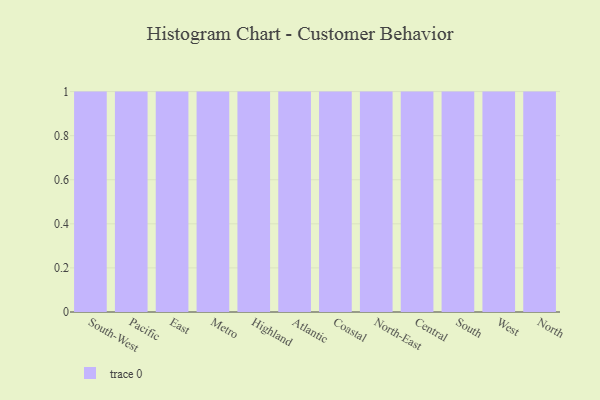
{"axis": {"x": "Region", "y": "Humidity (%)"}, "legend": [""], "data": [{"x": "South-West", "y": 62, "type": ""}, {"x": "Pacific", "y": 30, "type": ""}, {"x": "East", "y": 69, "type": ""}, {"x": "Metro", "y": 80, "type": ""}, {"x": "Highland", "y": 33, "type": ""}, {"x": "Atlantic", "y": 19, "type": ""}, {"x": "Coastal", "y": 20, "type": ""}, {"x": "North-East", "y": 99, "type": ""}, {"x": "Central", "y": 45, "type": ""}, {"x": "South", "y": 28, "type": ""}, {"x": "West", "y": 78, "type": ""}, {"x": "North", "y": 9, "type": ""}]}